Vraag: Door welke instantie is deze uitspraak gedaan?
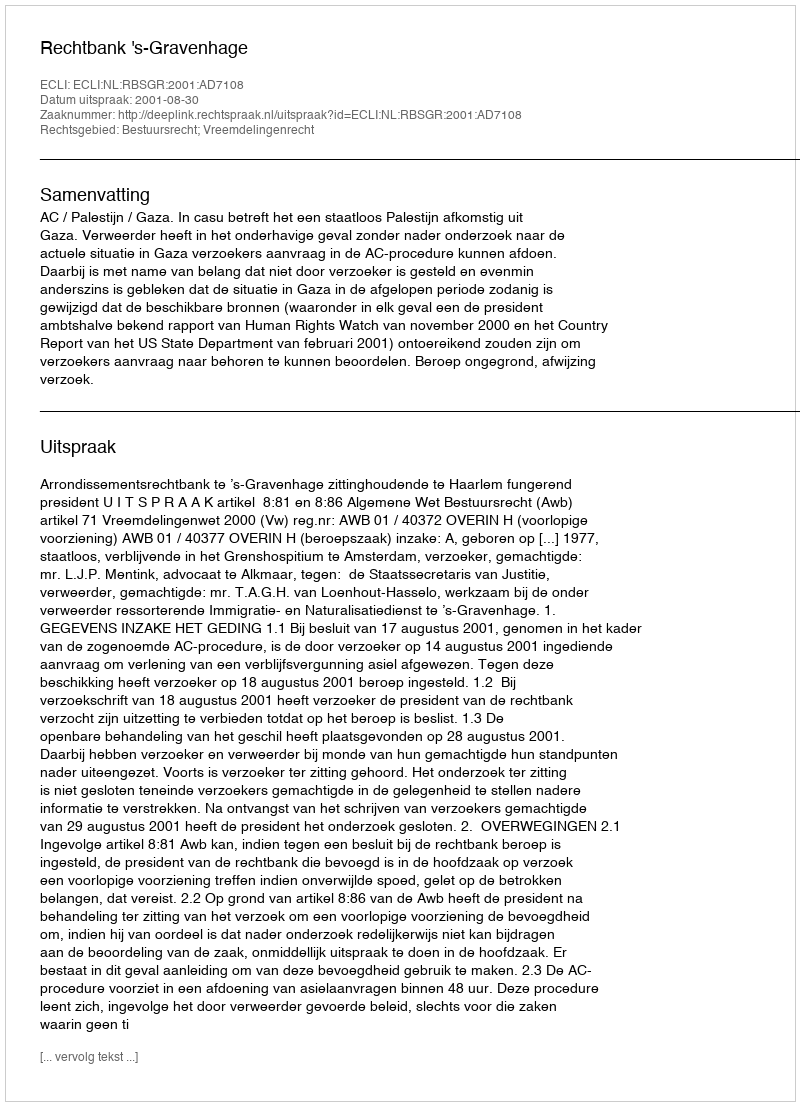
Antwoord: Rechtbank 's-Gravenhage